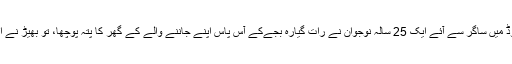
24 جولائی بھوپال کے چھولا روڈ میں ساگر سے آئے ایک 25 سالہ نوجوان نے رات گیارہ بجےکے آس پاس اپنے جاننے والے کے گھر کا پتہ پوچھا، تو بھیڑ نے اس کو بچہ چور سمجھ‌کر پیٹ دیا۔